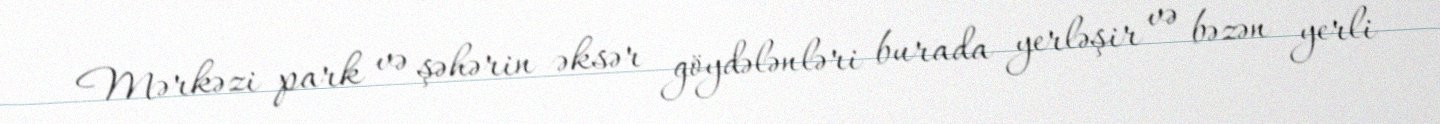
Mərkəzi park və şəhərin əksər göydələnləri burada yerləşir və bəzən yerli